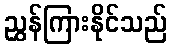
ညွှန်ကြားနိုင်သည်